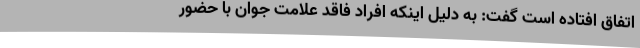
اتفاق افتاده است گفت: به دلیل اینکه افراد فاقد علامت جوان با حضور